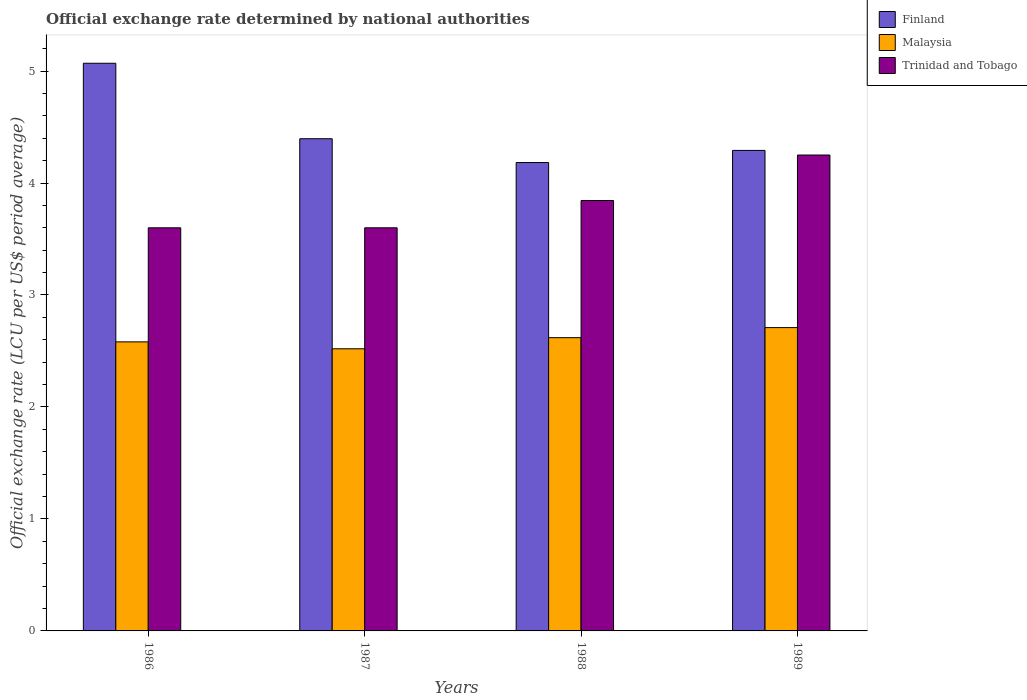
| Years | Finland | Malaysia | Trinidad and Tobago |
 | --- | --- | --- | --- |
 | 1986 | 5.07 | 2.58 | 3.6 |
 | 1987 | 4.4 | 2.52 | 3.6 |
 | 1988 | 4.18 | 2.62 | 3.84 |
 | 1989 | 4.29 | 2.71 | 4.25 |